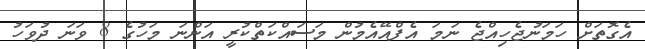
އެގޮތަށް ހަމަނުޖެހިއްޖެ ނަމަ އެފްއޭއެމުން މަސައްކަތްކުރީ އަންނަ މަހުގެ 8 ވަނަ ދުވަހު